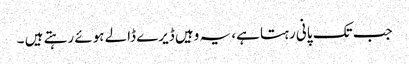
جب تک پانی رہتا ہے، یہ وہیں ڈیرے ڈالے ہوئے رہتے ہیں ۔